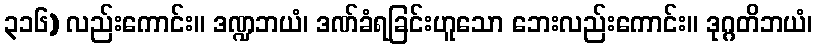
၃၁၆) လည်းကောင်း။ ဒဏ္ဍဘယံ၊ ဒဏ်ခံရခြင်းဟူသော ဘေးလည်းကောင်း။ ဒုဂ္ဂတိဘယံ၊